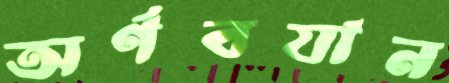
অর্ণবযান